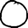
Digit: 0